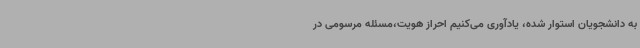
به دانشجویان استوار شده، یادآوری می‌کنیم احراز هویت،مسئله مرسومی در